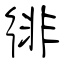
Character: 徘